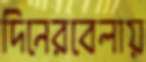
দিনেরবেলায়